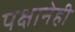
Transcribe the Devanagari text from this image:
पक्षानेही